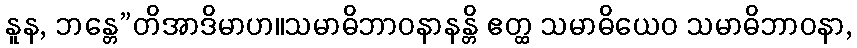
နူန, ဘန္တေ”တိအာဒိမာဟ။သမာဓိဘာဝနာနန္တိ ဧတ္ထ သမာဓိယေဝ သမာဓိဘာဝနာ,